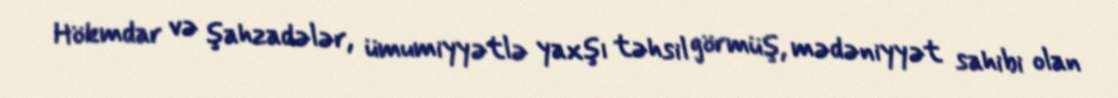
Hökmdar və şahzadələr, ümumiyyətlə yaxşı təhsil görmüş, mədəniyyət sahibi olan